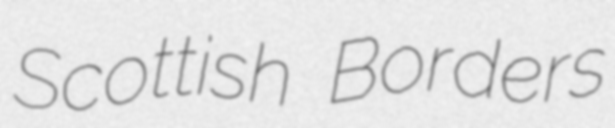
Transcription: Scottish Borders